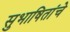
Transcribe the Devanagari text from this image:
सुभाषितांचे